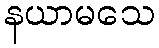
နယာမသေ